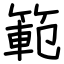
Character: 範